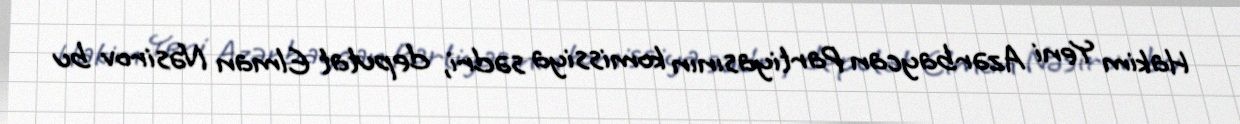
Hakim Yeni Azərbaycan Partiyasının komissiya sədri, deputat Elman Nəsirov bu